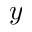
y